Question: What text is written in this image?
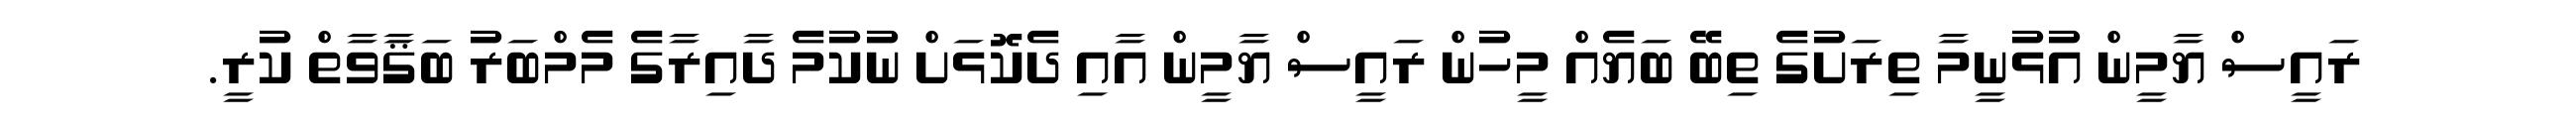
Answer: ރައީސް ޔާމީން އުޅުނީމާ ތިރަށުގެ ތިބޭ ބަޔެއް މީހުން ރައީސް ޔާމީން އާއި ދެކޮޅަށް ނުކުމެ ދާއިރާގެ މެމްބަރު ބަޤާވާތް ކުރީ.